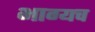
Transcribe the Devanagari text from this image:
भाग्यच